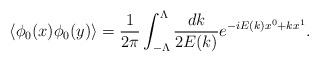
LaTeX: \begin{align*}\langle \phi_0(x)\phi_0(y)\rangle=\frac{1}{2 \pi}\int_{-\Lambda}^{\Lambda}\frac{dk}{2 E(k)}e^{-iE(k)x^0+kx^1}.\end{align*}